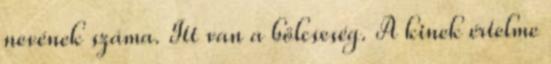
nevének száma. Itt van a bölcseség. A kinek értelme